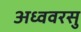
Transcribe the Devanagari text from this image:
अध्ववरसु